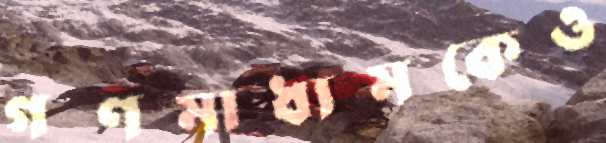
গণমাধ্যমকেও